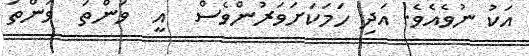
އަކު ނުވެއެވެ. އަދި ހަމަކަށަވަރުންވެސް  އީ  ވަންތަ  ވަންތަ